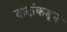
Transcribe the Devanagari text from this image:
दादांकडून